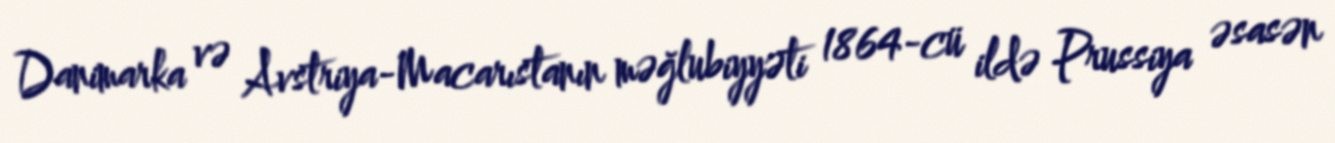
Danimarka və Avstriya-Macarıstanın məğlubiyyəti 1864-cü ildə Prussiya əsasən